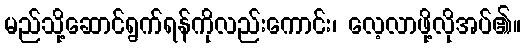
မည်သို့ဆောင်ရွက်ရန်ကိုလည်းကောင်း၊ လေ့လာဖို့လိုအပ်၏။